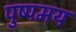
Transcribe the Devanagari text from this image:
पुष्पमय